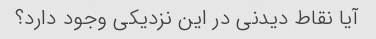
آیا نقاط دیدنی در این نزدیکی وجود دارد؟